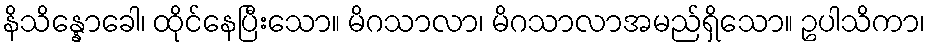
နိသိန္နောခေါ၊ ထိုင်နေပြီးသော။ မိဂသာလာ၊ မိဂသာလာအမည်ရှိသော။ ဥပါသိကာ၊